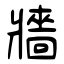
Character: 牆